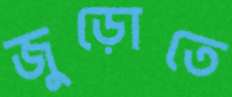
জুড়োতে